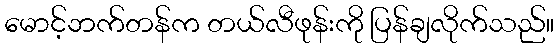
မောင့်ဘက်တန်က တယ်လီဖုန်းကို ပြန်ချလိုက်သည်။